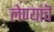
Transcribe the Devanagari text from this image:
लेण्यांचॆ